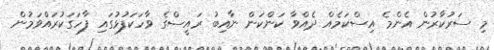
މި ސަރުކާރުން އެންމެ އިސްކަމެއް ދެއްވާ ކަންކަން ނާއިބު ރައީސްގެ ވާހަކަފުޅުގައި ފާހަގަކުރައްވަމުން